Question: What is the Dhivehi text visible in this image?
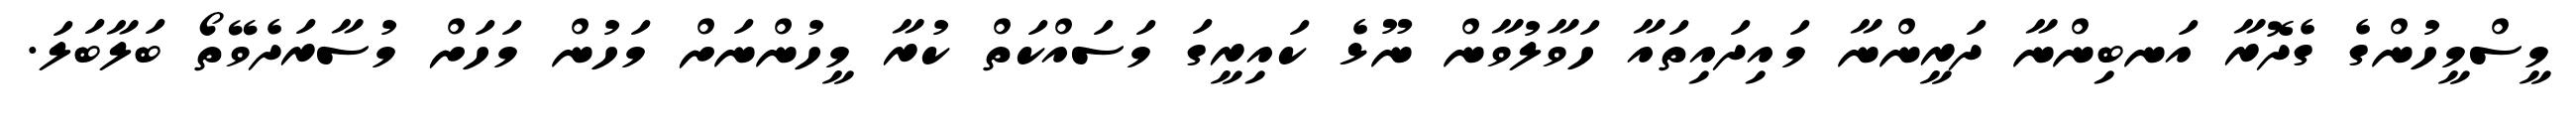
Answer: މީސްމީހުންގެ ގެދޮރާ އަނބިންނާ ދަރީންނާ މައިދައިތައާ ހަވާލުވާން ނޫޅެ ކައިރީގަ މަސައްކަތް ކުރާ މީހުންނަށް މަހުން މަހަށް މުސާރަދެވޭތޯ ބަލާބަލަ.